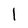
Character: 1